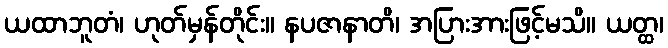
ယထာဘူတံ၊ ဟုတ်မှန်တိုင်း။ နပဇာနာတိ၊ အပြားအားဖြင့်မသိ။ ယတ္ထ၊